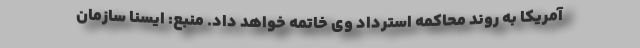
آمریکا به روند محاکمه استرداد وی خاتمه خواهد داد. منبع: ایسنا سازمان